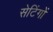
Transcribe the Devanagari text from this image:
सेटिंगों